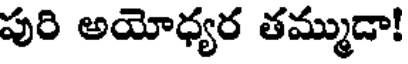
పురి అయోధ్యర తమ్ముడా!